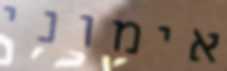
אימוני